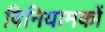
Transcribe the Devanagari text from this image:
विनियामकों